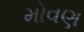
મોવણ